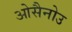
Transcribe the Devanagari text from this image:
ओसैनोउ